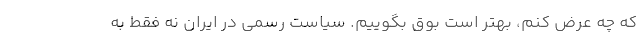
كه چه عرض كنم، بهتر است بوق بگوییم. سیاست رسمی در ایران نه فقط به